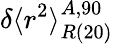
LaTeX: \delta\langle r^{2}\rangle_{R\mathrm{(20)}}^{A,90}